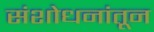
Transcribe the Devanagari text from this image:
संशोधनांतून